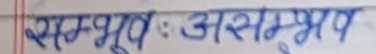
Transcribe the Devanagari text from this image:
सम्भवः असम्भव